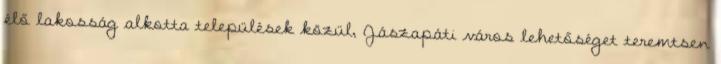
élő lakosság alkotta települések közül, Jászapáti város lehetőséget teremtsen